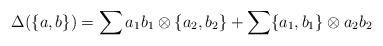
LaTeX: \begin{align*}\Delta(\{a,b\})=\sum a_1b_1\otimes\{a_2,b_2\}+\sum\{a_1,b_1\}\otimes a_2b_2\end{align*}